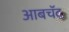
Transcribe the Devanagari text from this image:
आबचॅद